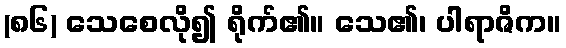
(၈၆) သေစေလို၍ ရိုက်၏။ သေ၏၊ ပါရာဇိက။